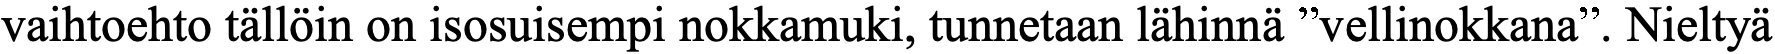
vaihtoehto tällöin on isosuisempi nokkamuki, tunnetaan lähinnä ”vellinokkana”. Nieltyä